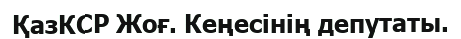
ҚазКСР Жоғ. Кеңесінің депутаты.